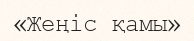
«Жеңіс қамы»